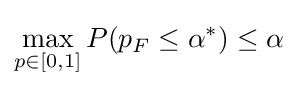
\max \limits _{p\in [0,1]}P(p_{F}\leq \alpha ^{*})\leq \alpha